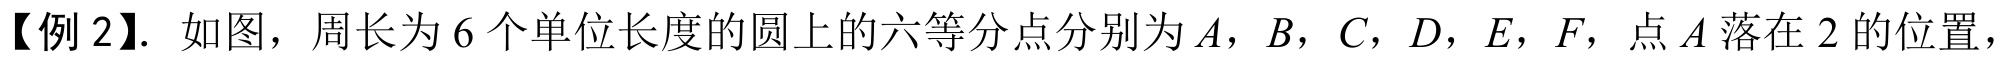
【例 2】. 如图，周长为\(6\)个单位长度的圆上的六等分点分别为\(A\)，\(B\)，\(C\)，\(D\)，\(E\)，\(F\)，点\(A\)落在\(2\)的位置，